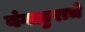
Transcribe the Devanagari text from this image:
बंगळुराचे